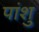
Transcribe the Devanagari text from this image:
पांशु